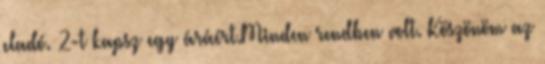
eladó. 2-t kapsz egy áráért.Minden rendben volt. Köszönöm az